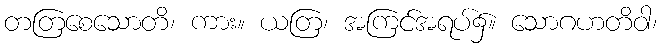
တတြစေသောတိ၊ ကား။ ယတြ၊ အကြင်အရပ်၌။ သောဂဟတိဝါ၊